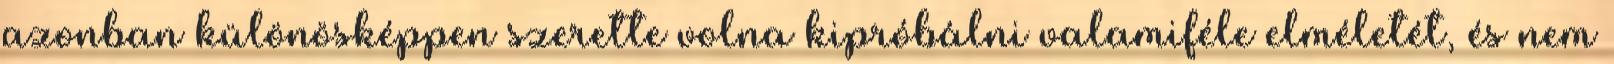
azonban különösképpen szerette volna kipróbálni valamiféle elméletét, és nem